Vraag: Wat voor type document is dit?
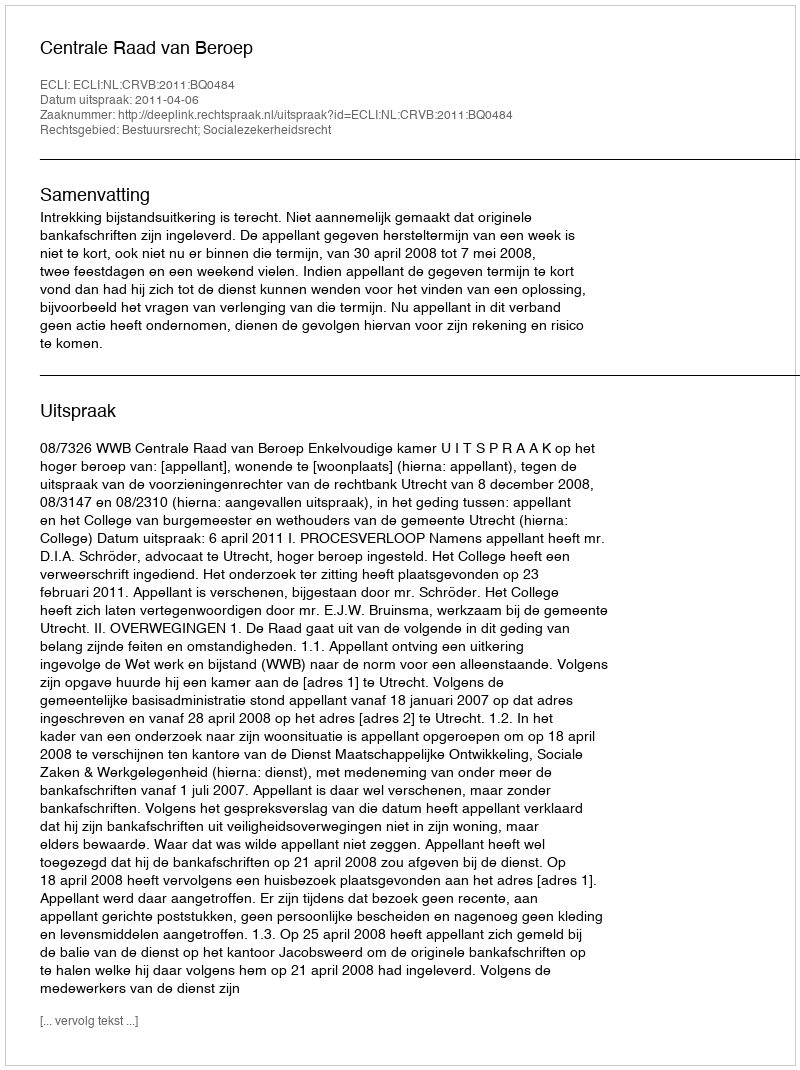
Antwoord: Uitspraak